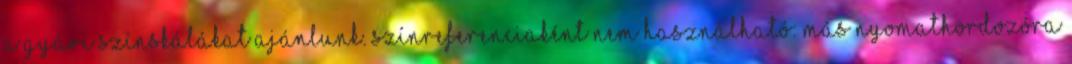
a gyári színskálákat ajánlunk. Színreferenciaként nem használható: más nyomathordozóra